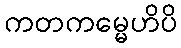
ကတကမ္မေဟိပိ